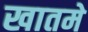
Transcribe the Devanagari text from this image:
खातमे